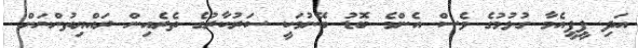
އަދި ޕީޕީއެމާ ގުޅުމުގެ ވެސް އެންމެ ބޮޑު ބޭނުމަކީ ސަރުކާރުގެ ތެރެއިން ރައްޔިތުންނަށް